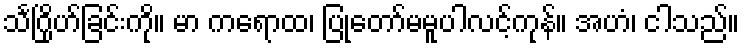
သင်္ဂြိုဟ်ခြင်းကို။ မာ ကရောထ၊ ပြုတော်မမူပါလင့်ကုန်။ အဟံ၊ ငါသည်။